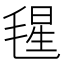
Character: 𣮶